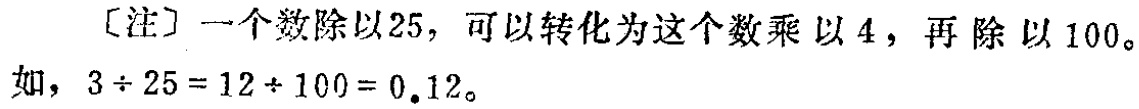
[注] 一个数除以25，可以转化为这个数乘以4，再除以100。
如，\(3\div25 = 12\div100 = 0.12\)。